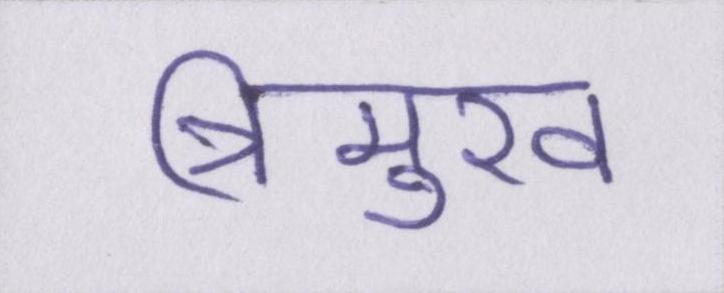
त्रिमुख